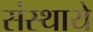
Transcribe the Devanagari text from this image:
संस्थाये